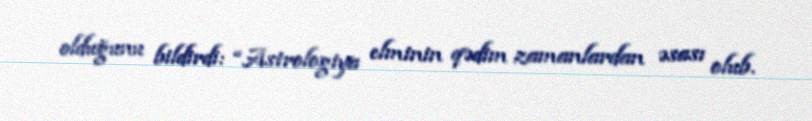
olduğunu bildirdi: “Astrologiya elminin qədim zamanlardan əsası olub.